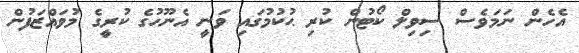
އެހެން ނަމަވެސް ސިވިލް ކޯޓުން ކުރި ޙުކުމުގައި ވަނީ އެނޫހުގެ ކުރީގެ މުވައްޒަފުން